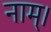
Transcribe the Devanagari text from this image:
नाम्।